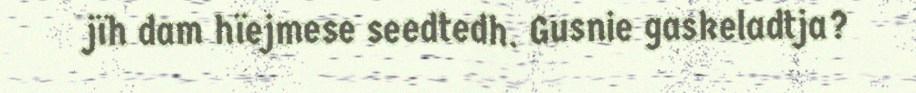
jïh dam hïejmese seedtedh. Gusnie gaskeladtja?